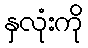
နှလုံးကို